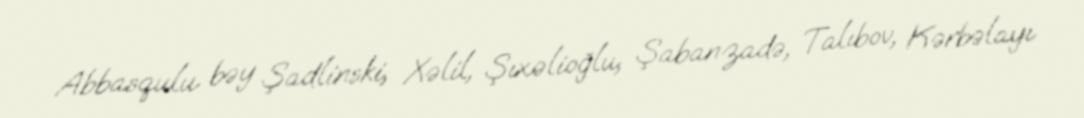
Abbasqulu bəy Şadlinski, Xəlil, Şıxəlioğlu, Şabanzadə, Talıbov, Kərbəlayı